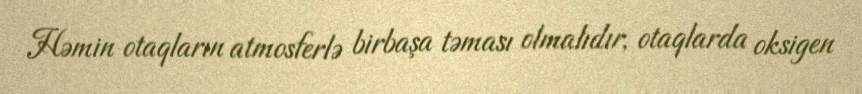
Həmin otaqların atmosferlə birbaşa təması olmalıdır, otaqlarda oksigen